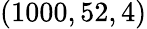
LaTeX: (1000,52,4)